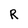
Character: R